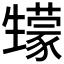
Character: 𤯻